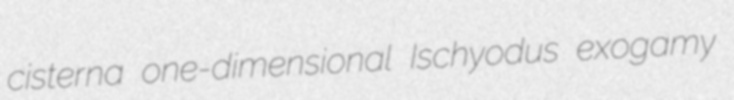
cisterna one-dimensional Ischyodus exogamy